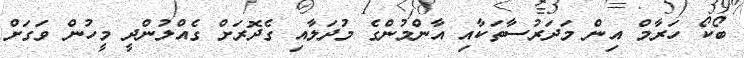
ބޯކޯ ހަރާމް އިން މަދަރުސާތަކާއި އާންމުންގެ މުދަލާއި ގެދޮރަށް ގެއްލުންދީ މީހުން ވަގަށް